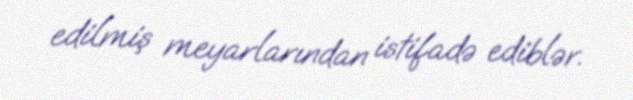
edilmiş meyarlarından istifadə ediblər.